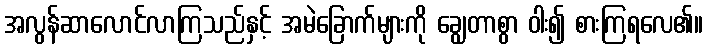
အလွန်ဆာလောင်လာကြသည်နှင့် အမဲခြောက်များကို ချွေတာစွာ ဝါး၍ စားကြရလေ၏။